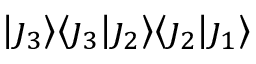
\lvert \j _ { 3 } \rangle \langle \j _ { 3 } \lvert \j _ { 2 } \rangle \langle \j _ { 2 } \lvert \j _ { 1 } \rangle